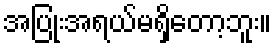
အပြုံးအရယ်မရှိတော့ဘူး။